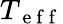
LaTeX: T_{\mathrm{~e~f~f~}}